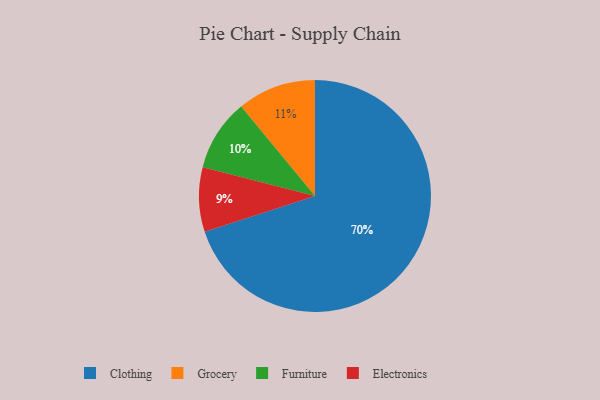
{"axis": {"x": "Category", "y": "Percentage"}, "legend": ["Clothing", "Electronics", "Furniture", "Grocery"], "data": [{"x": "Grocery", "y": 11, "type": "Grocery"}, {"x": "Clothing", "y": 70, "type": "Clothing"}, {"x": "Furniture", "y": 10, "type": "Furniture"}, {"x": "Electronics", "y": 9, "type": "Electronics"}]}